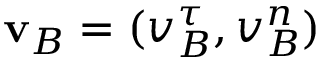
\mathbf { v } _ { B } = ( v _ { B } ^ { \tau } , v _ { B } ^ { n } )